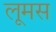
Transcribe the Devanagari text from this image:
लूमस